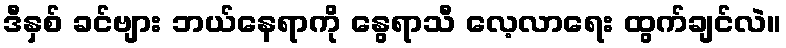
ဒီနှစ် ခင်ဗျား ဘယ်နေရာကို နွေရာသီ လေ့လာရေး ထွက်ချင်လဲ။